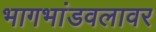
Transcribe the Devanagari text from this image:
भागभांडवलावर